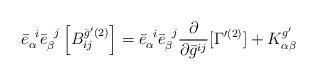
\begin{align*}{\bar{e}}_{\alpha}^{\;\; i}{\bar{e}}_{\beta}^{\;\; j} \left[{B}_{ij}^{\bar{g}'(2)} \right] ={\bar{e}}_{\alpha}^{\;\; i}{\bar{e}}_{\beta}^{\;\; j} \frac{\partial}{ \partial\bar{g}^{ij}}[ \Gamma'^{(2)}] + {K}^{g'}_{\alpha \beta}\end{align*}